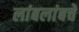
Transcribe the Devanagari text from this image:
लांबलांबचे